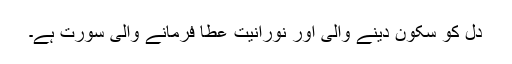
دل کو سکون دینے والی اور نورانیت عطا فرمانے والی سورت ہے۔